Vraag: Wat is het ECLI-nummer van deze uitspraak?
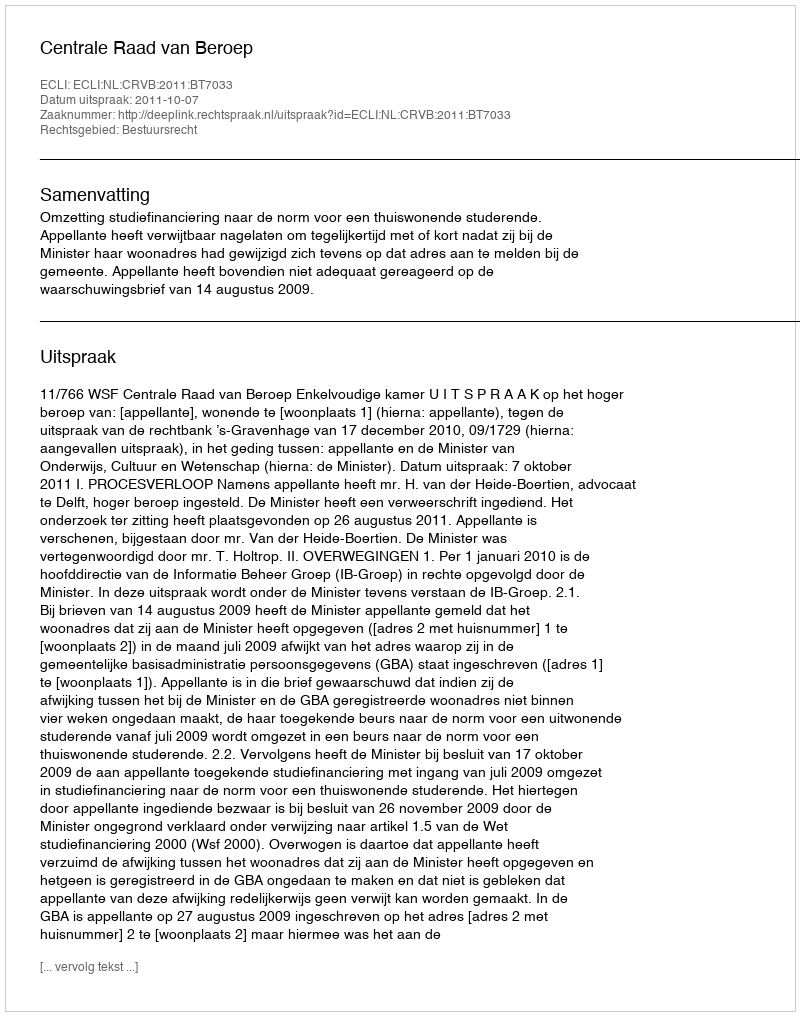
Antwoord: ECLI:NL:CRVB:2011:BT7033